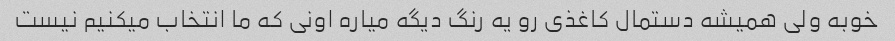
خوبه ولی همیشه دستمال کاغذی رو یه رنگ دیگه میاره اونی که ما انتخاب میکنیم نیست